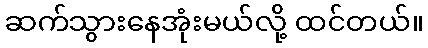
ဆက်သွားနေအုံးမယ်လို့ ထင်တယ်။